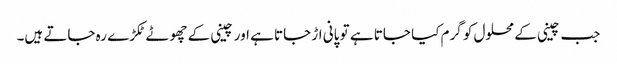
جب چینی کے محلول کو گرم کیا جاتا ہے تو پانی اڑ جاتا ہے اور چینی کے چھوٹے ٹکڑے رہ جاتے ہیں۔